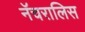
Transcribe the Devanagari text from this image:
नॅचरालिस